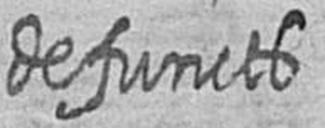
defuncts